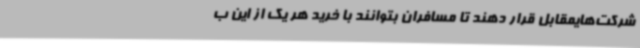
شرکت‌هایمقابل قرار دهند تا مسافران بتوانند با خرید هر یک از این ب